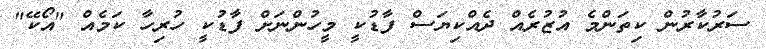
ސަރުކާރުން ކިތަންމެ އުޒުރެއް ދެއްކިޔަސް ފާޑުކީ މީހުންނަށް ފާޑުކީ ހުރިހާ ކަމެއް "އޯކޭ"